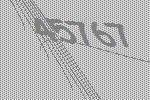
45767